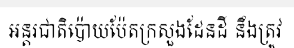
អន្តរជាតិប៉ោយប៉ែតក្រសួងដែនដី នឹងត្រូវ